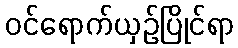
ဝင်ရောက်ယှဉ်ပြိုင်ရာ